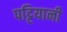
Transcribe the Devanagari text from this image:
पट्टियानी